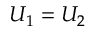
U _ { 1 } = U _ { 2 }